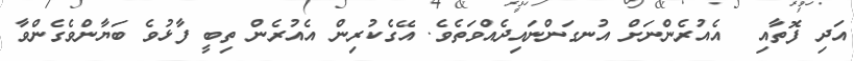
އަދި ފޮތާއި  އެއުރެންނަށް އުނގަންނައިދެއްވަތެވެ. އޭގެކުރިން އެއުރެން ތިބީ ފާޅުވެ ބަޔާންވެގެންވާ